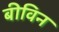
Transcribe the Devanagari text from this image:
बीविन